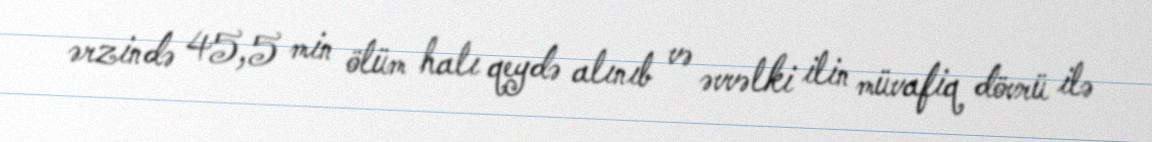
ərzində 45,5 min ölüm halı qeydə alınıb və əvvəlki ilin müvafiq dövrü ilə